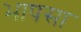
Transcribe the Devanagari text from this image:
भापसा